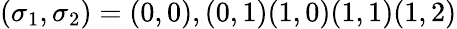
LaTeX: (\sigma_{1},\sigma_{2})=(0,0),(0,1)(1,0)(1,1)(1,2)